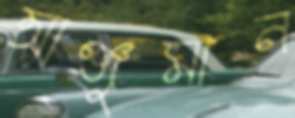
আঞ্জুমান